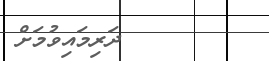
ދަރިމައިވުމަށް